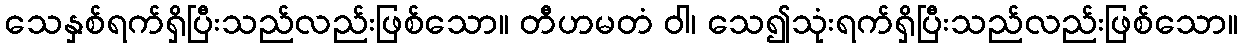
သေနှစ်ရက်ရှိပြီးသည်လည်းဖြစ်သော။ တီဟမတံ ဝါ၊ သေ၍သုံးရက်ရှိပြီးသည်လည်းဖြစ်သော။